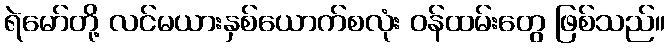
ရဲမော်တို့ လင်မယားနှစ်ယောက်စလုံး ဝန်ထမ်းတွေ ဖြစ်သည်။